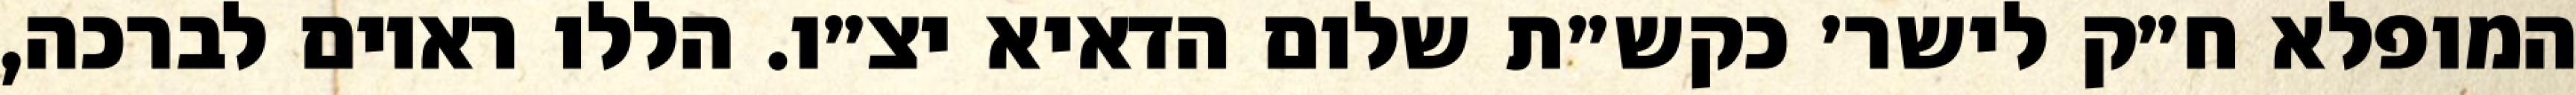
המופלא ח״ק לישר׳ כקש״ת שלום הדאיא יצ״ו. הללו ראוים לברכה,